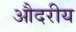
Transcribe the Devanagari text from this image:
औदरीय